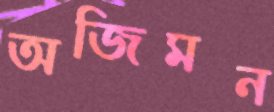
অজিমন